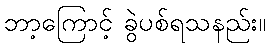
ဘာ့ကြောင့် ခွဲပစ်ရသနည်း။